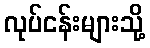
လုပ်ငန်းများသို့